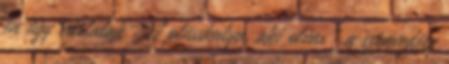
én úgy vártalak A plüsskutya, aki olvas ".a szenvedély